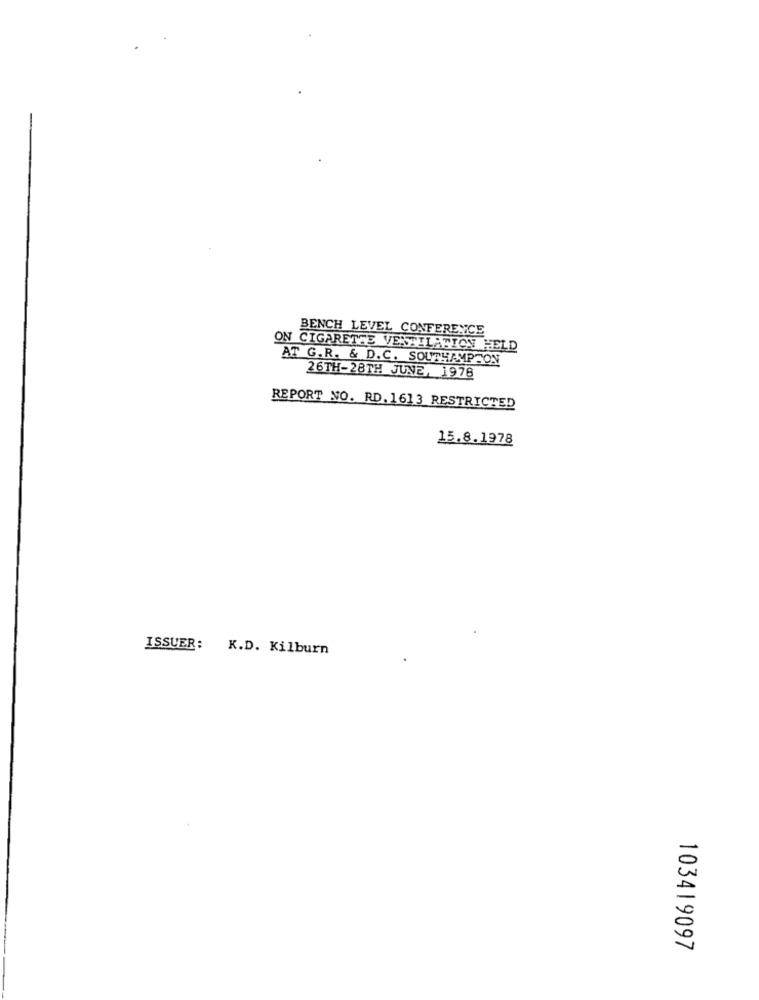
BENCH LEVEL CONFERENCE
ON CIGARETTE VENTILATION HELD
AT G.R. & D.C. SOUTHAMPTON
26TH-28TH JUNE, 1978
REPORT NO. RD. 1613 RESTRICTED
15.8.1978
ISSUER: K.D. Kilburn
103419097